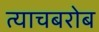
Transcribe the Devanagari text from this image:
त्याचबरोब